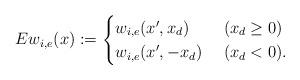
LaTeX: \begin{align*}Ew_{i,e}(x):=\begin{cases}w_{i,e}(x',x_d)~&(x_d\ge0)\\w_{i,e}(x',-x_d)~&(x_d<0). \end{cases}\end{align*}